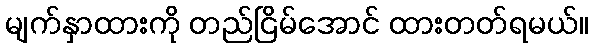
မျက်နှာထားကို တည်ငြိမ်အောင် ထားတတ်ရမယ်။